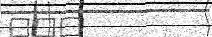
٢٠٢